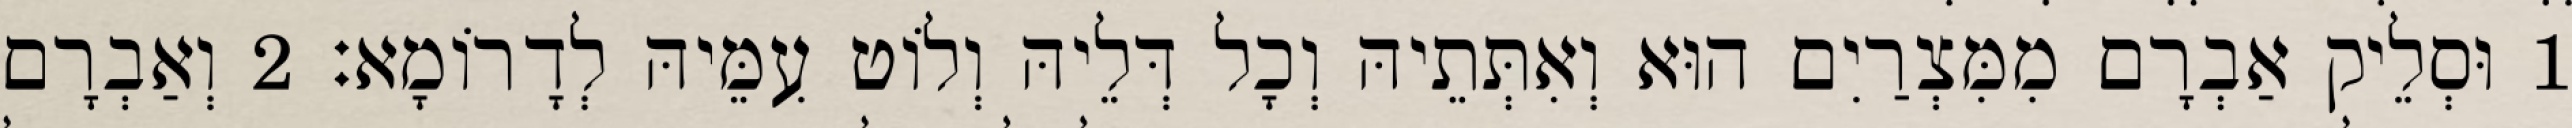
1 וּסְלֵיק אַבְרָם מִמִּצְרַיִם הוּא וְאִתְּתֵיהּ וְכָל דְּלֵיהּ וְלוֹט עִמֵּיהּ לְדָרוֹמָא׃ 2 וְאַבְרָם